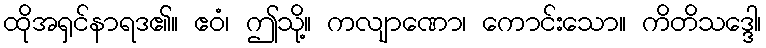
ထိုအရှင်နာရဒ၏။ ဧဝံ၊ ဤသို့။ ကလျာဏော၊ ကောင်းသော။ ကိတိသဒ္ဒေါ၊